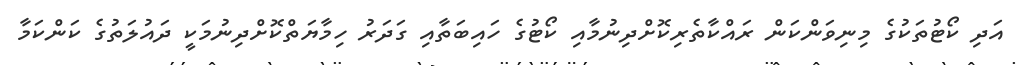
އަދި ކޯޓުތަކުގެ މިނިވަންކަން ރައްކާތެރިކޮށްދިނުމާއި ކޯޓުގެ ހައިބަތާއި ގަދަރު ހިމާޔަތްކޮށްދިނުމަކީ ދައުލަތުގެ ކަންކަމާ